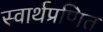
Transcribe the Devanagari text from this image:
स्वार्थप्रणित